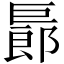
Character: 𢀨